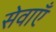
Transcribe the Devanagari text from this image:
सेवाऍं